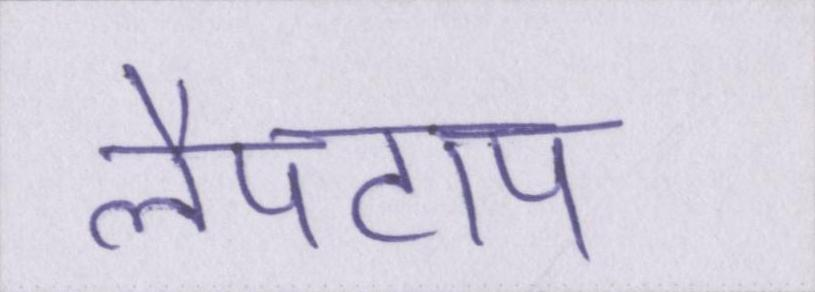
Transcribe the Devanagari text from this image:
लैपटाप